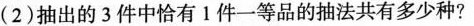
(2)抽出的3件中恰有1件一等品的抽法共有多少种?